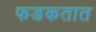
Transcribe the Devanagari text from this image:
फडकतात